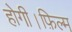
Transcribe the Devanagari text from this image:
होगी।फ़िल्म